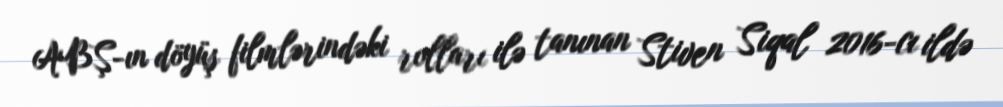
ABŞ-ın döyüş filmlərindəki rolları ilə tanınan Stiven Siqal 2016-cı ildə